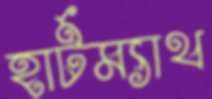
হার্টম্যাথ